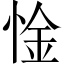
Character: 惍